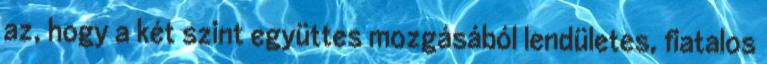
az, hogy a két szint együttes mozgásából lendületes, fiatalos